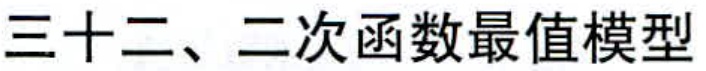
三十二、二次函数最值模型